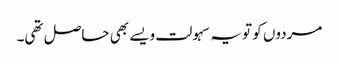
مردوں کو تو یہ سہولت ویسے بھی حاصل تھی۔